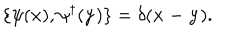
\{ \psi ( { \bf x } ) , \psi ^ { \dagger } ( { \bf y } ) \} = \delta ( { \bf x - y } ) .